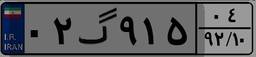
۳۰گ۰۵۶۸۵